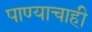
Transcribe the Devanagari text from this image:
पाण्‍याचाही